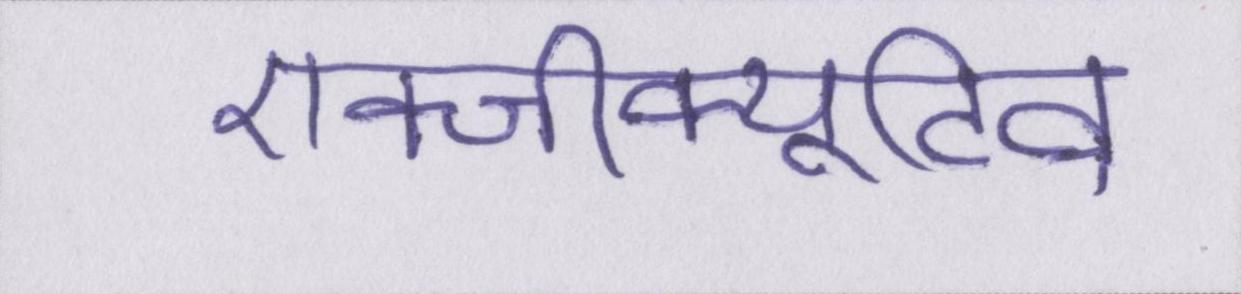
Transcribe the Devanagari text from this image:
एक्जीक्यूटिव